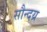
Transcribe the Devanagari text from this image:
सौन्दय्र